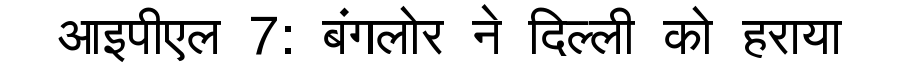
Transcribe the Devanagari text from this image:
आइपीएल 7: बंगलोर ने दिल्ली को हराया